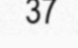
37